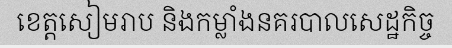
ខេត្តសៀមរាប និងកម្លាំងនគរបាលសេដ្ឋកិច្ច